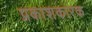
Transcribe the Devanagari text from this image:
प्रकाशकारक